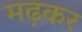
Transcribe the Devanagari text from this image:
मढ़कर